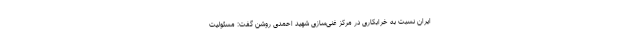
ایران نسبت به خرابکاری در مرکز غنی‌سازی شهید احمدی روشن گفت: مسئولیت